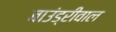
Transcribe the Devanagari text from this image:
बाउंड्रीवाल